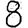
Digit: 8